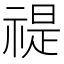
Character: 禔